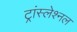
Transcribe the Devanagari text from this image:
ट्रांस्लेश्नल